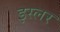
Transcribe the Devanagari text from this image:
इस्लर